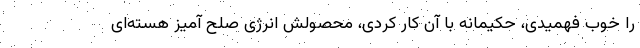
را خوب فهمیدی، حکیمانه با آن کار کردی، محصولش انرژی صلح آمیز هسته‌ای